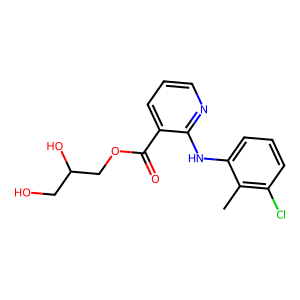
SMILES: Cc1c(Cl)cccc1Nc1ncccc1C(=O)OCC(O)CO
Inhibits HIV replication: No